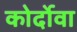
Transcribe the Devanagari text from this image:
कोर्दोवा